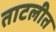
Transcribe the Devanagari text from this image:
ताटलीत